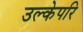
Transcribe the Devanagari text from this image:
उल्केपरि